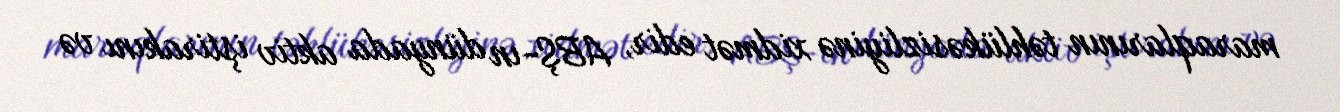
maraqlarının təhlükəsizliyinə xidmət edir, ABŞ-ın dünyada aktiv iştirakını və